Lunatic asylums Madras 1877-1891 - 1877-1891
Year: 1877
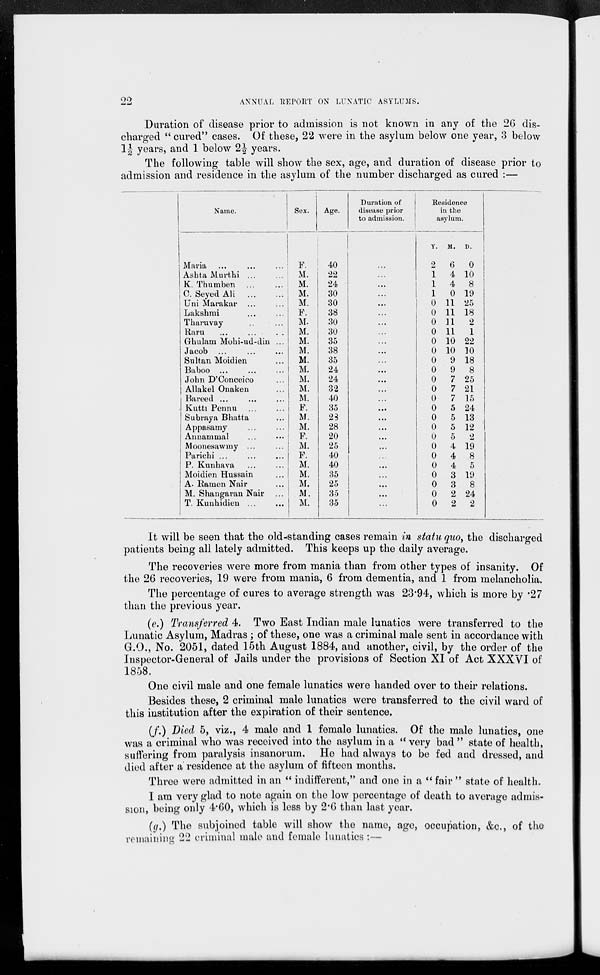
22
ANNUAL REPORT ON LUNATIC ASYLUMS.
Duration of disease prior to admission is not known in any of the 26 dis-
charged "cured" cases. Of these, 22 were in the asylum below one year, 3 below
1½ years, and 1 below 2½ years.
The following table will show the sex, age, and duration of disease prior to
admission and residence in the asylum of the number discharged as cured :—
Name.
Maria ... ... ...
Ashta Murthi
...
...
K. Thumben ... ...
C. Seyed Ali ... ...
Uni Marakar ... ...
Lakshmi ... ...
Tharuvay ... ...
Raru ... ... ...
Ghulam Mohi-ud-din ...
Jacob
...
...
...
Sultan Moidien ...
Baboo ... ... ...
John D'Conceico ...
Allakel Onaken ...
Bareed
...
...
...
Kutti Pennu
Subraya Bhatta ...
Appasamy ... ...
Annammal ... ...
Moonesawmy ... ...
Parichi ... ... ...
P. Kunhava ... ...
Moidien Hussain ...
A. Ramen Nair ...
M. Shangaran Nair ...
T. Kunhidien
...
...
Sex.
F.
M.
M.
M.
M.
F.
M.
M.
M.
M.
M.
M.
M.
M.
M.
F.
M.
M.
F.
M.
F.
M.
M.
M.
M.
M.
Age.
40
22
24
30
30
38
30
30
35
38
35
24
24
32
40
35
28
28
20
25
40
40
35
25
35
35
Duration of
disease prior
to admission.
...
...
...
...
...
...
...
...
...
...
...
...
...
...
...
...
...
...
...
...
...
...
...
...
...
...
Residence
in the
asylum.
Y.
2
1
1
1
0
0
0
0
0
0
0
0
0
0
0
0
0
0
0
0
0
0
0
0
0
0
M.
6
4
4
0
11
11
11
11
10
10
9
9
7
7
7
5
5
5
5
4
4
4
3
3
2
2
D.
0
10
8
19
25
18
2
1
22
10
18
8
25
21
15
24
13
12
2
19
8
5
19
8
24
2
It will be seen that the old-standing cases remain in statu quo, the discharged
patients being all lately admitted. This keeps up the daily average.
The recoveries were more from mania than from other types of insanity. Of
the 26 recoveries, 19 were from mania, 6 from dementia, and 1 from melancholia.
The percentage of cures to average strength was 23.94, which is more by .27
than the previous year.
(e.) Transferred 4. Two East Indian male lunatics were transferred to the
Lunatic Asylum, Madras; of these, one was a criminal male sent in accordance with
G.O., No. 2051, dated 15th August 1884, and another, civil, by the order of the
Inspector-General of Jails under the provisions of Section XI of Act XXXVI of
1858.
One civil male and one female lunatics were handed over to their relations.
Besides these, 2 criminal male lunatics were transferred to the civil ward of
this institution after the expiration of their sentence.
(f.) Died 5, viz., 4 male and 1 female lunatics. Of the male lunatics, one
was a criminal who was received into the asylum in a "very bad" state of health,
suffering from paralysis insanorum. He had always to be fed and dressed, and
died after a residence at the asylum of fifteen months.
Three were admitted in an "indifferent," and one in a "fair" state of health.
I am very glad to note again on the low percentage of death to average admis-
sion, being only 4.60, which is less by 2.6 than last year.
(g.) The subjoined table will show the name, age, occupation, &c., of the
remaining 22 criminal male and female lunatics :—